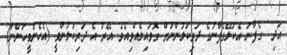
އަދި  ގެފާނު އެކަލޭގެފާނުގެ ދަރިކަލުންނަށް ގޮވައިލެއްވިއެވެ. އޭރު އެ ދަރިކަލުންވީ (އެހެންމީހުންނާ)